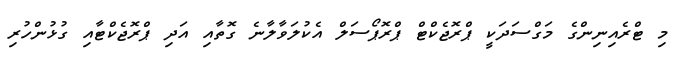
މި ޓްރެއިނިންގެ މަގްސަދަކީ ޕްރޮޖެކްޓް ޕްރޮޕޯސަލް އެކުލަވާލާނެ ގޮތާއި އަދި ޕްރޮޖެކްޓާއި ގުޅުންހުރި